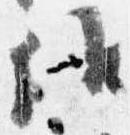
候